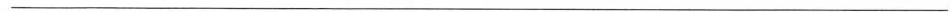
___